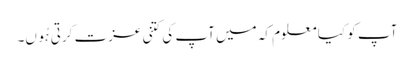
آپ کو کیا معلوم کہ میں آپ کی کتنی عزت کرتی ہُوں۔